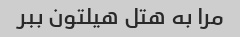
مرا به هتل هیلتون ببر